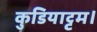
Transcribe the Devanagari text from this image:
कुडियाट्टम।